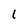
Character: 1